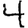
Digit: 4